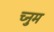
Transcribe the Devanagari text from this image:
च्नुम